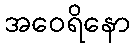
အဝေရိနော